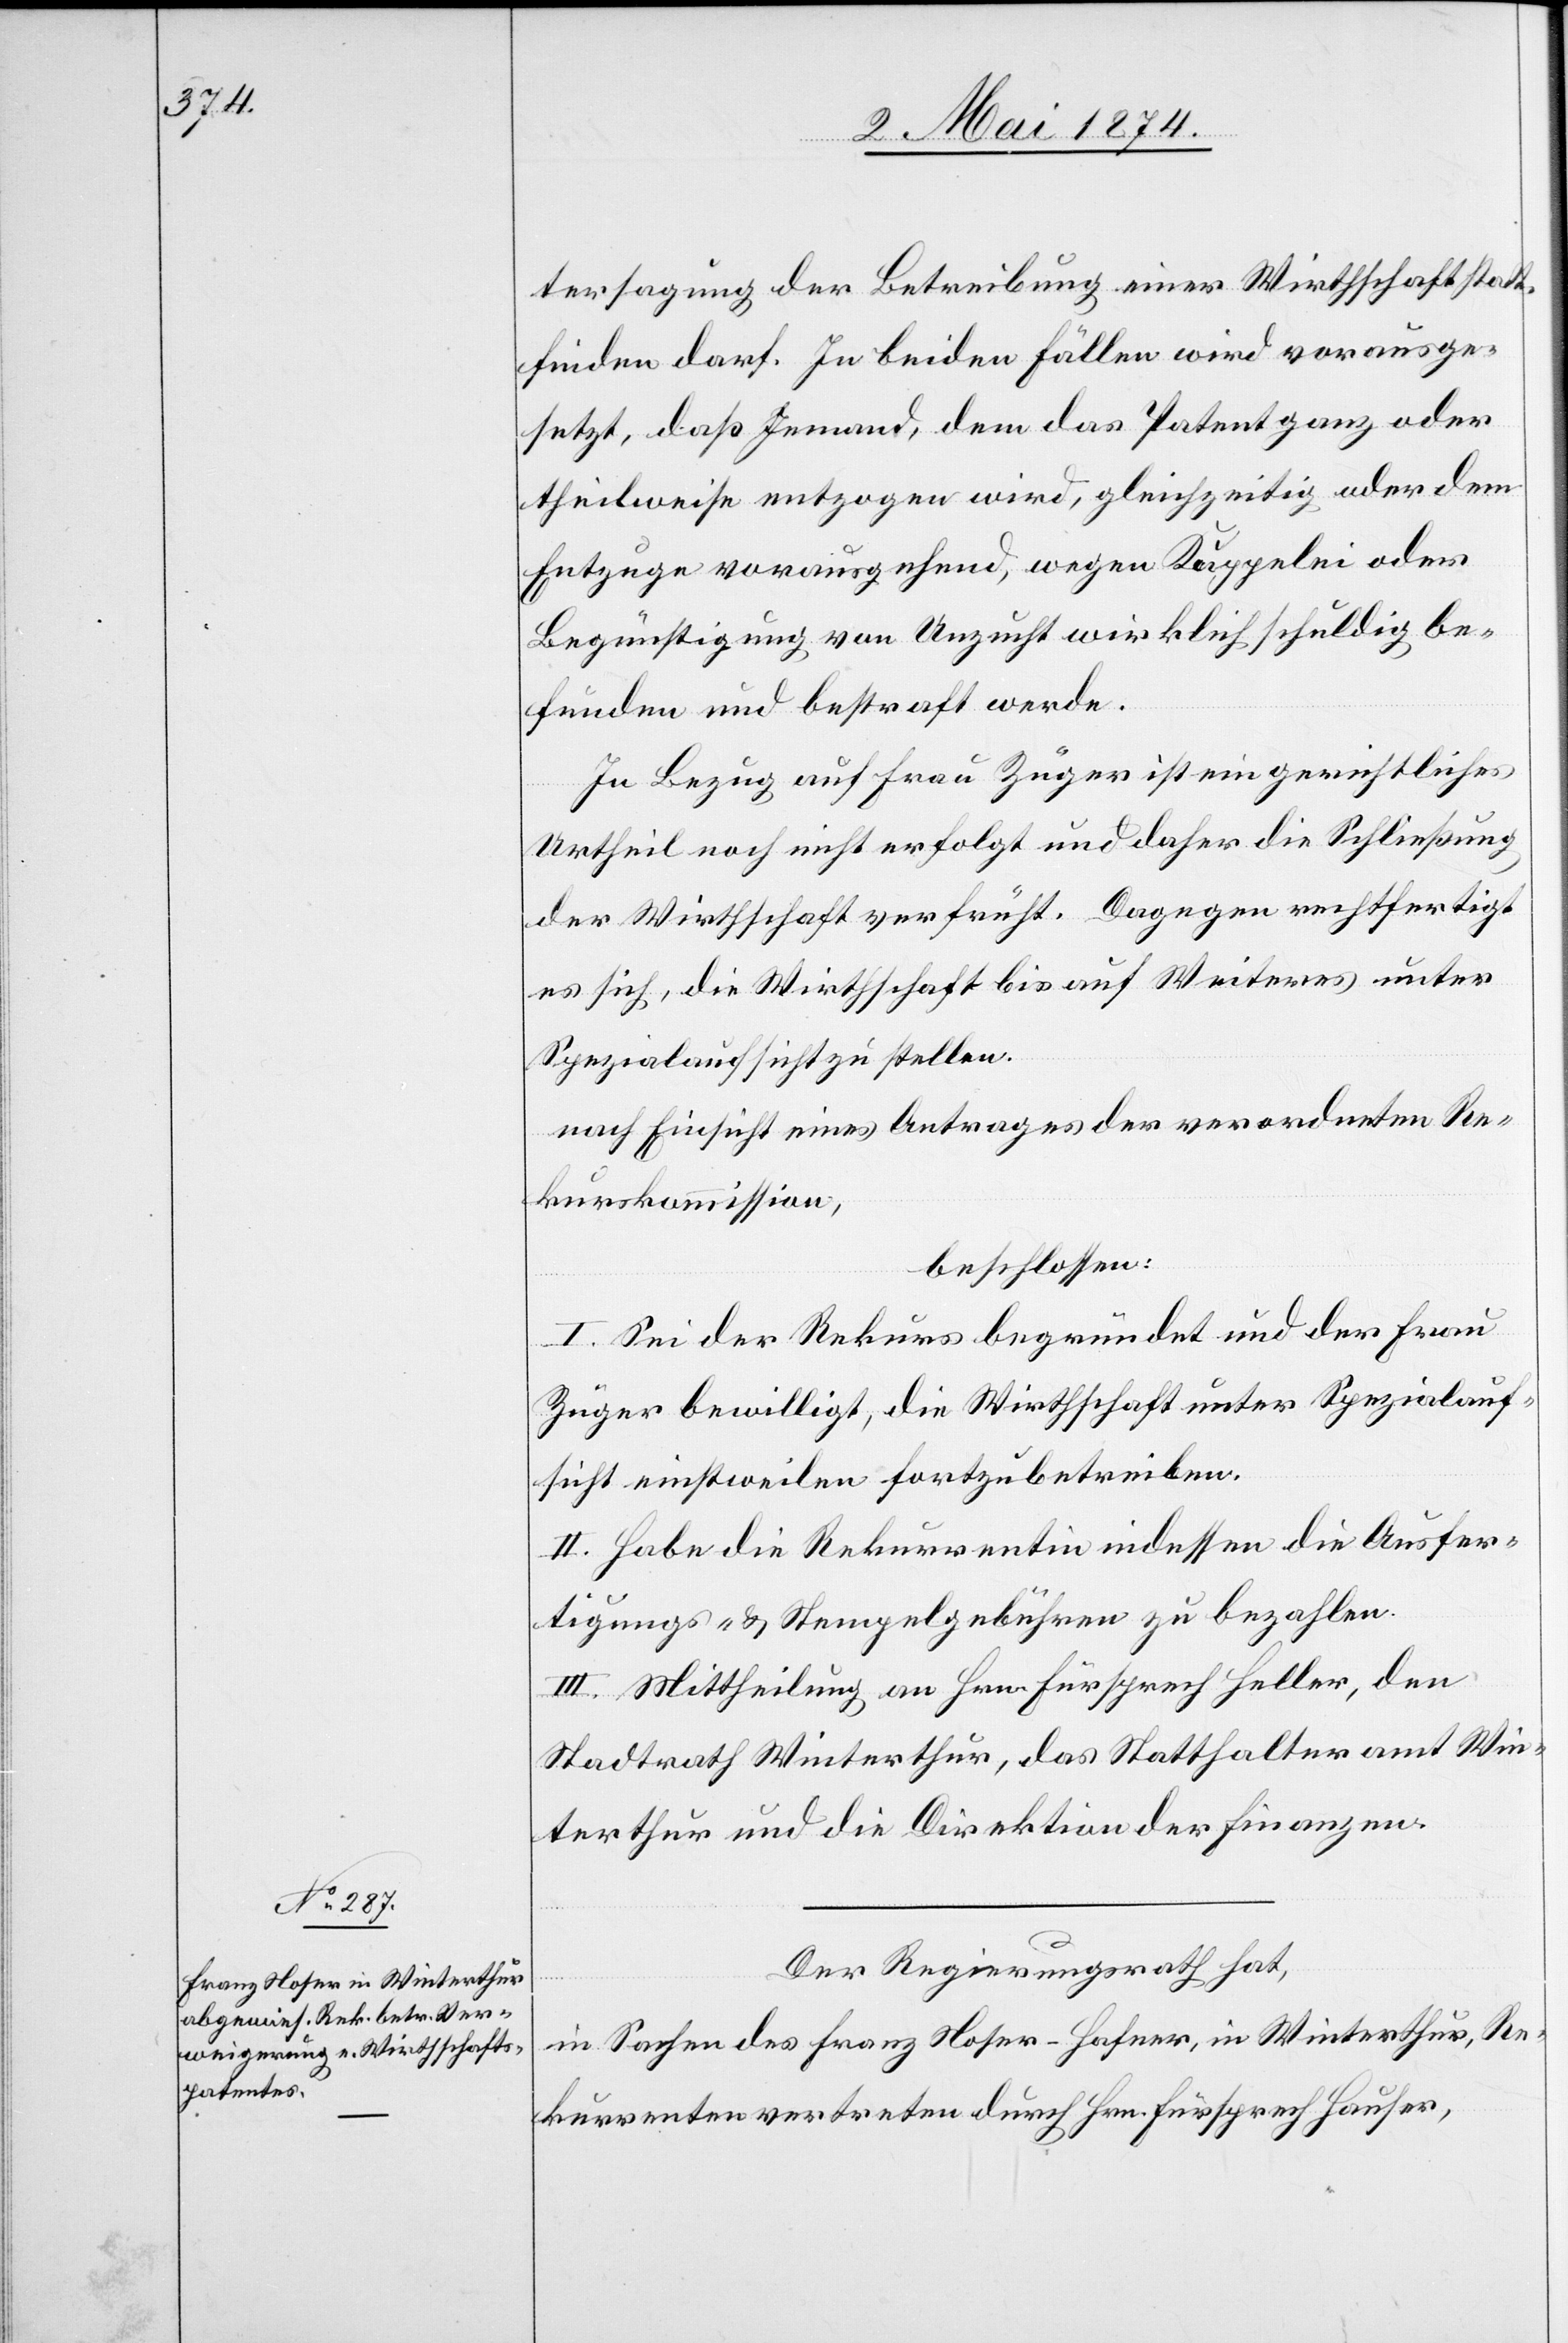
tersagung der Betreibung einer Wirthschaft statt¬
finden darf. In beiden Fällen wird vorausge¬
setzt, daß Jemand, dem das Patent ganz oder
theilweise entzogen wird, gleichzeitig oder dem
Entzuge vorausgehend, wegen Kuppelei oder
Begünstigung von Unzucht wirklich schuldig be¬
funden und bestraft werde.
In Bezug auf Frau Züger ist ein gerichtliches
unter
Urtheil noch nicht erfolgt und daher die Schließung
Spezialaufsicht zu stellen.
nach Einsicht eines Antrages der verordneten Re¬
kurskommission,
beschlossen:
I. Sei der Rekurs begründet und der Frau
Züger bewilligt, die Wirthschaft unter Spezialauf¬
sicht einstweilen fortzubetreiben.
II. Habe die Rekurrentin indessen die Ausfer¬
tigungs- u. Stempelgebühren zu bezahlen.
III. Mittheilung an Hrn. Fürsprech Heller, den
Stadtrath Winterthur, das Statthalteramt Win¬
terthur und die Direktion der Finanzen.
Der Regierungsrath hat,
in Sachen des Franz Noser – Hafner, in Winterthur, Re¬
kurrenten vertreten durch Hrn. Fürsprech Hauser,